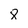
Character: 8